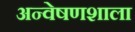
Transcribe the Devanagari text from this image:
अन्वेषणशाला